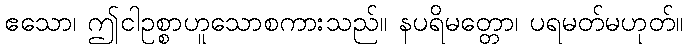
ဧသော၊ ဤငါဥစ္စာဟူသောစကားသည်။ နပရိမတ္တော၊ ပရမတ်မဟုတ်။